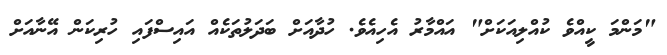
"މަންމަ ކީއްވެ ކުއްލިއަކަށް" އައްމާރު އެހިއެވެ. ހުދާއަށް ބަދަލުތަކެއް އައިސްފައި ހުރިކަން އޭނާއަށް